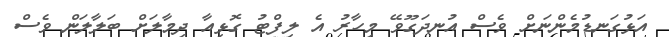
އަޅުގަނޑުމެންނަށް ވެސް އުނދަގޫވޭ މިހާރު އެ ލިފްޓު ގޮޅިއާ ދިމާލަށް ބަލާލަން ވެސް